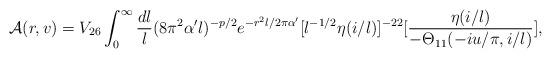
LaTeX: \begin{align*}{\cal A}(r,v) = V_{26} \int_{0}^{\infty} {{dl}\over{l}} (8\pi^2\alpha'l)^{-p/2} e^{-r^2l/2\pi\alpha'} [l^{-1/2} \eta(i/l)]^{-22}[{{\eta(i/l)}\over{ - \Theta_{11}(-iu/\pi,i/l)}}],\end{align*}